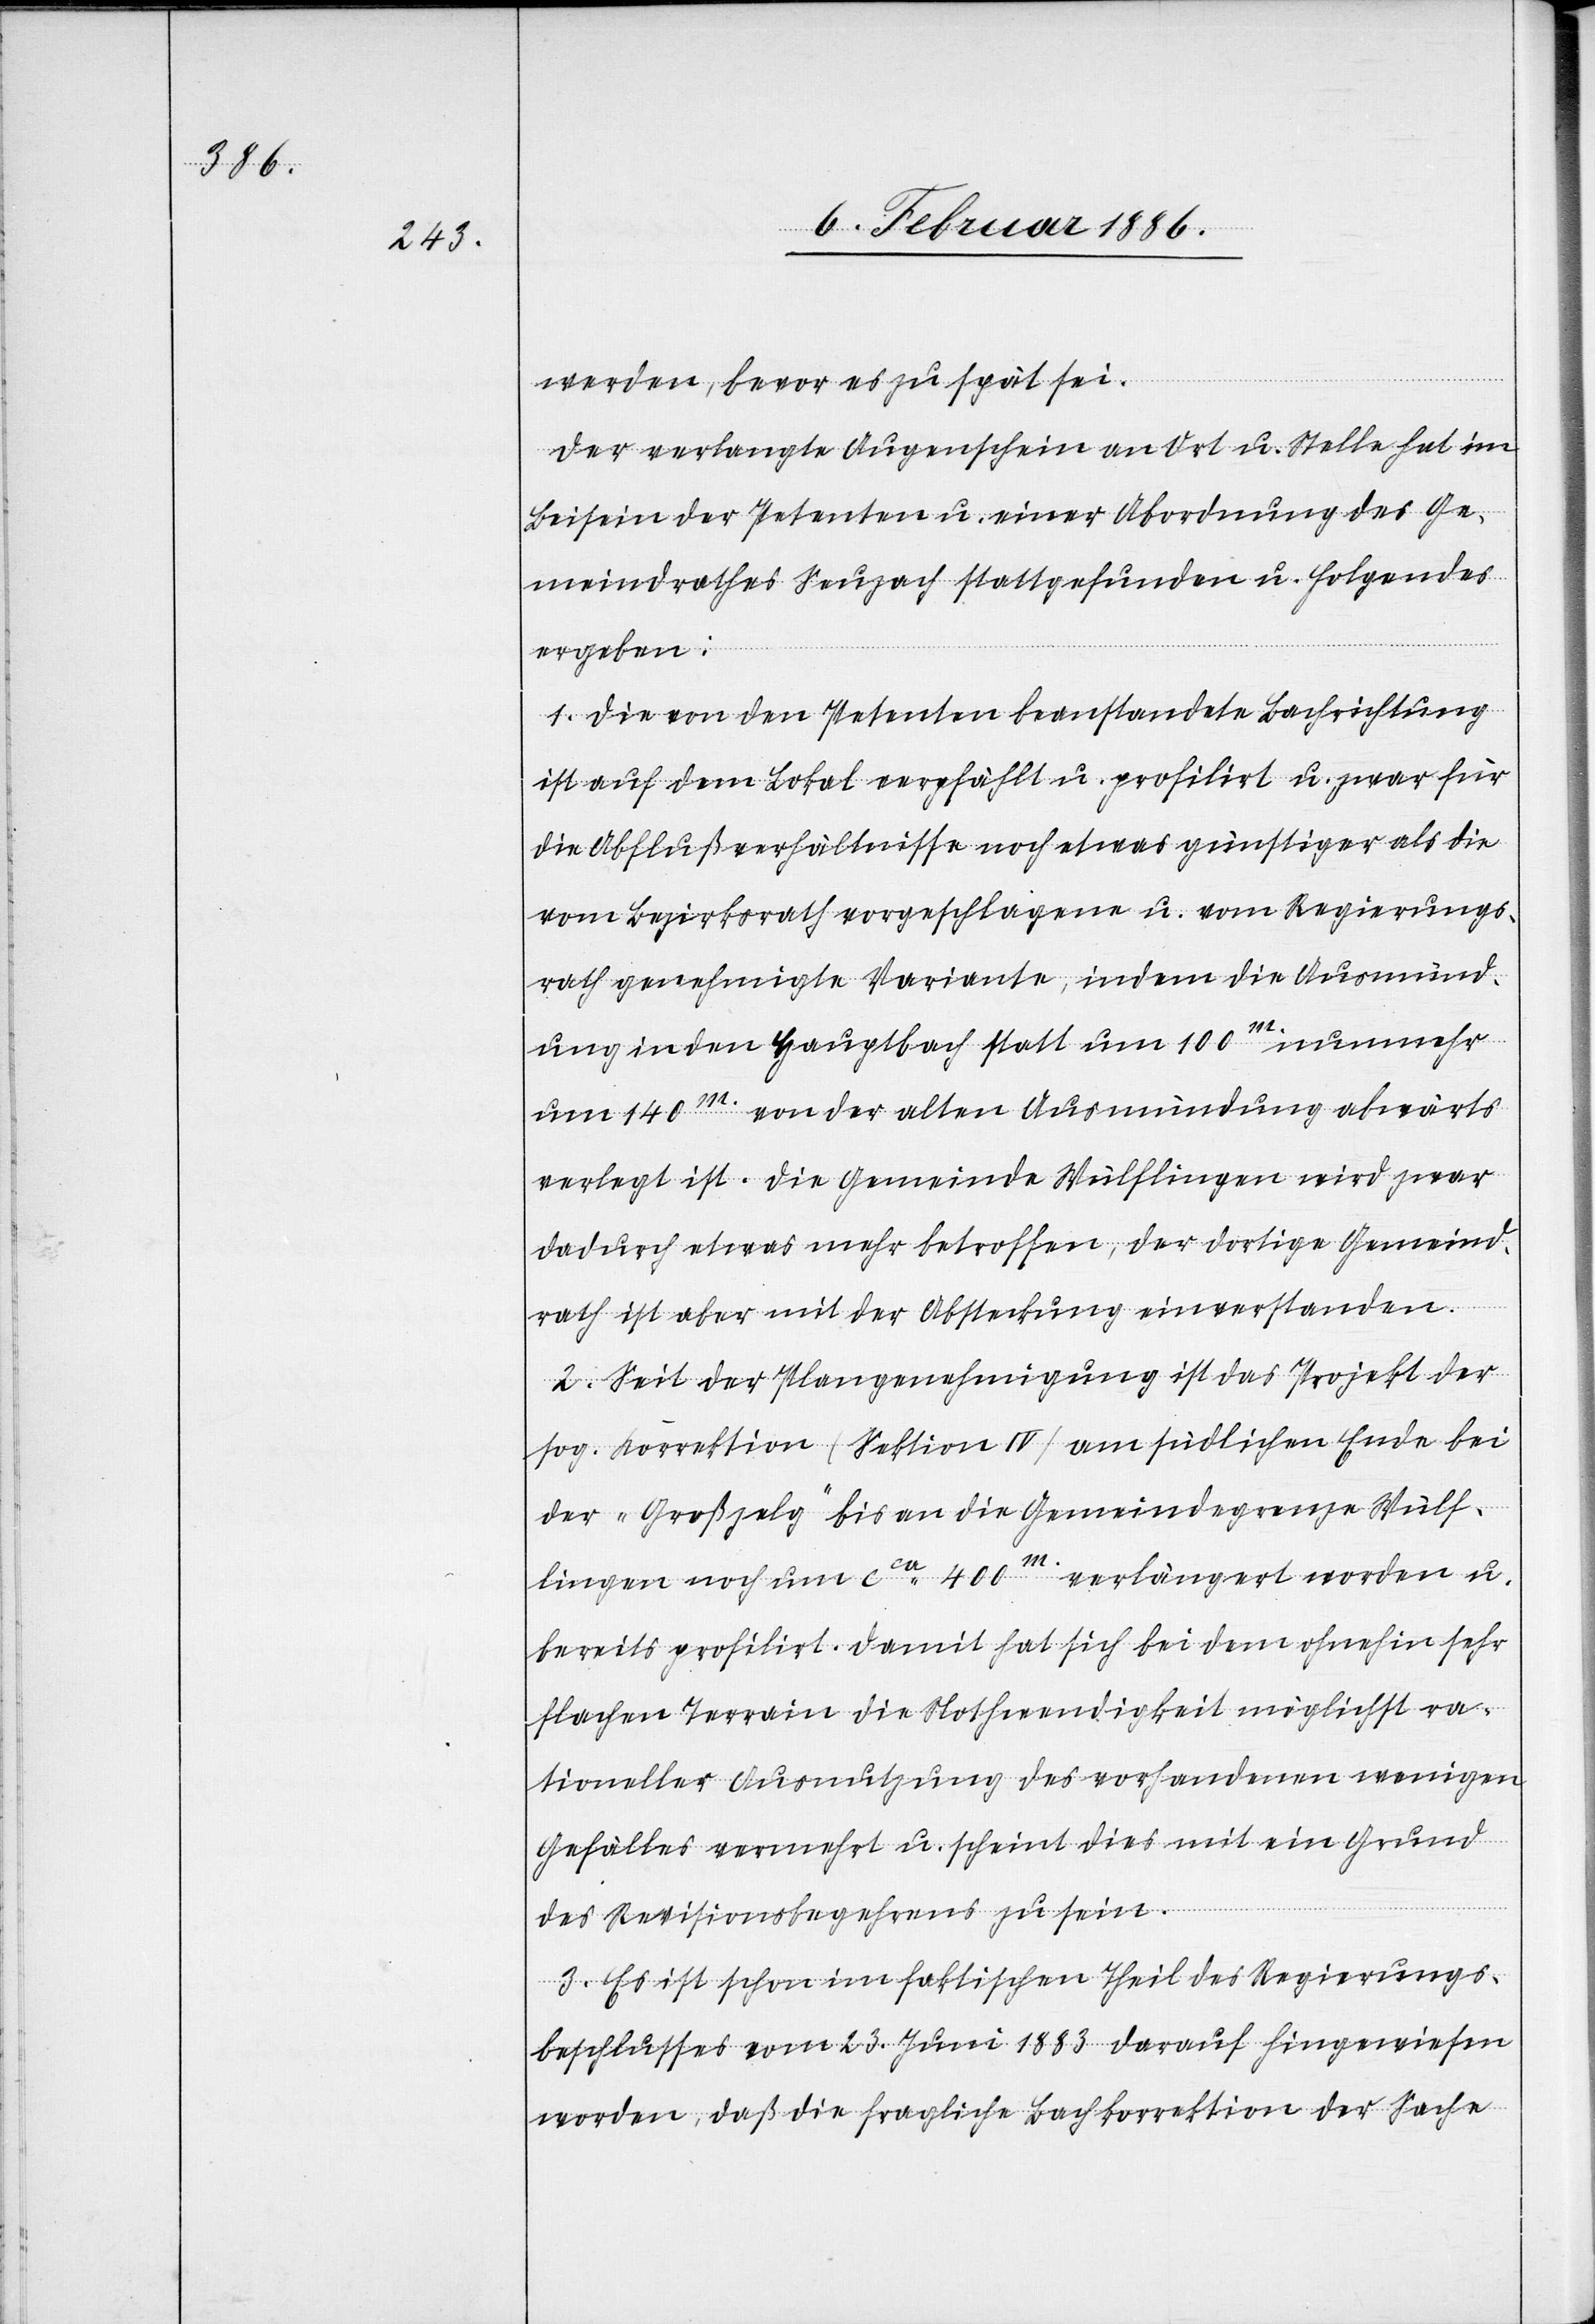
werden, bevor es zu spät sei.
Der verlangte Augenschein an Ort u. Stelle hat im
Beisein der Petenten u. einer Abordnung des Ge¬
meindrathes Seuzach stattgefunden u. folgendes
ergeben:
1. Die von den Petenten beanstandete Bachrichtung
ist auf dem Lokal verpfählt u. profilirt u. zwar für
die Abschlußverhältnisse noch etwas günstiger als die
vom Bezirksrath vorgeschlagene u. vom Regierungs¬
rath genehmigte Variante, indem die Ausmünd¬
ung in den Hauptbach statt um 100m. nunmehr
um 140m. von der alten Ausmündung abwärts
verlegt ist. Die Gemeinde Wülflingen wird zwar
dadurch etwas mehr betroffen, der dortige Gemeind¬
rath ist aber mit der Absteckung einverstanden.
2. Seit der Plangenehmigung ist das Projekt der
sog. Korrektion (Sektion IV) am südlichen Ende bei
der „Großzelg“ bis an die Gemeindegrenze Wülf¬
lingen noch um cca 400m. verlängert worden u.
bereits profilirt. Damit hat sich bei dem ohnehin sehr
flachen Terrain die Nothwendigkeit möglichst ra¬
tioneller Ausnutzung des vorhandenen wenigen
Gefälls vermehrt u. scheint dies mit ein Grund
des Revisionsbegehrens zu sein.
3. Es ist schon im faktischen Theil des Regierungs¬
beschlusses vom 23. Juni 1883 darauf hingewiesen
worden, daß die fragliche Bachkorrektion der Sache